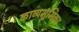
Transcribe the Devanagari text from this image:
काव्यभूमिका